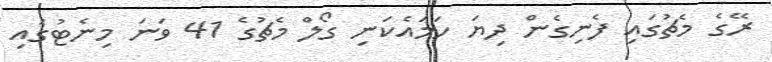
ރޭގެ މެޗުގައި ފެނިގެން ދިޔަ ހަމައެކަނި ގޯލް މެޗުގެ 41 ވަނަ މިނެޓުގައި